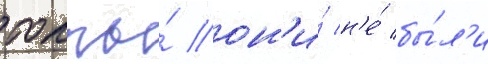
толпы́ он'и́ н'е́ бы́л'и